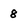
Character: 8